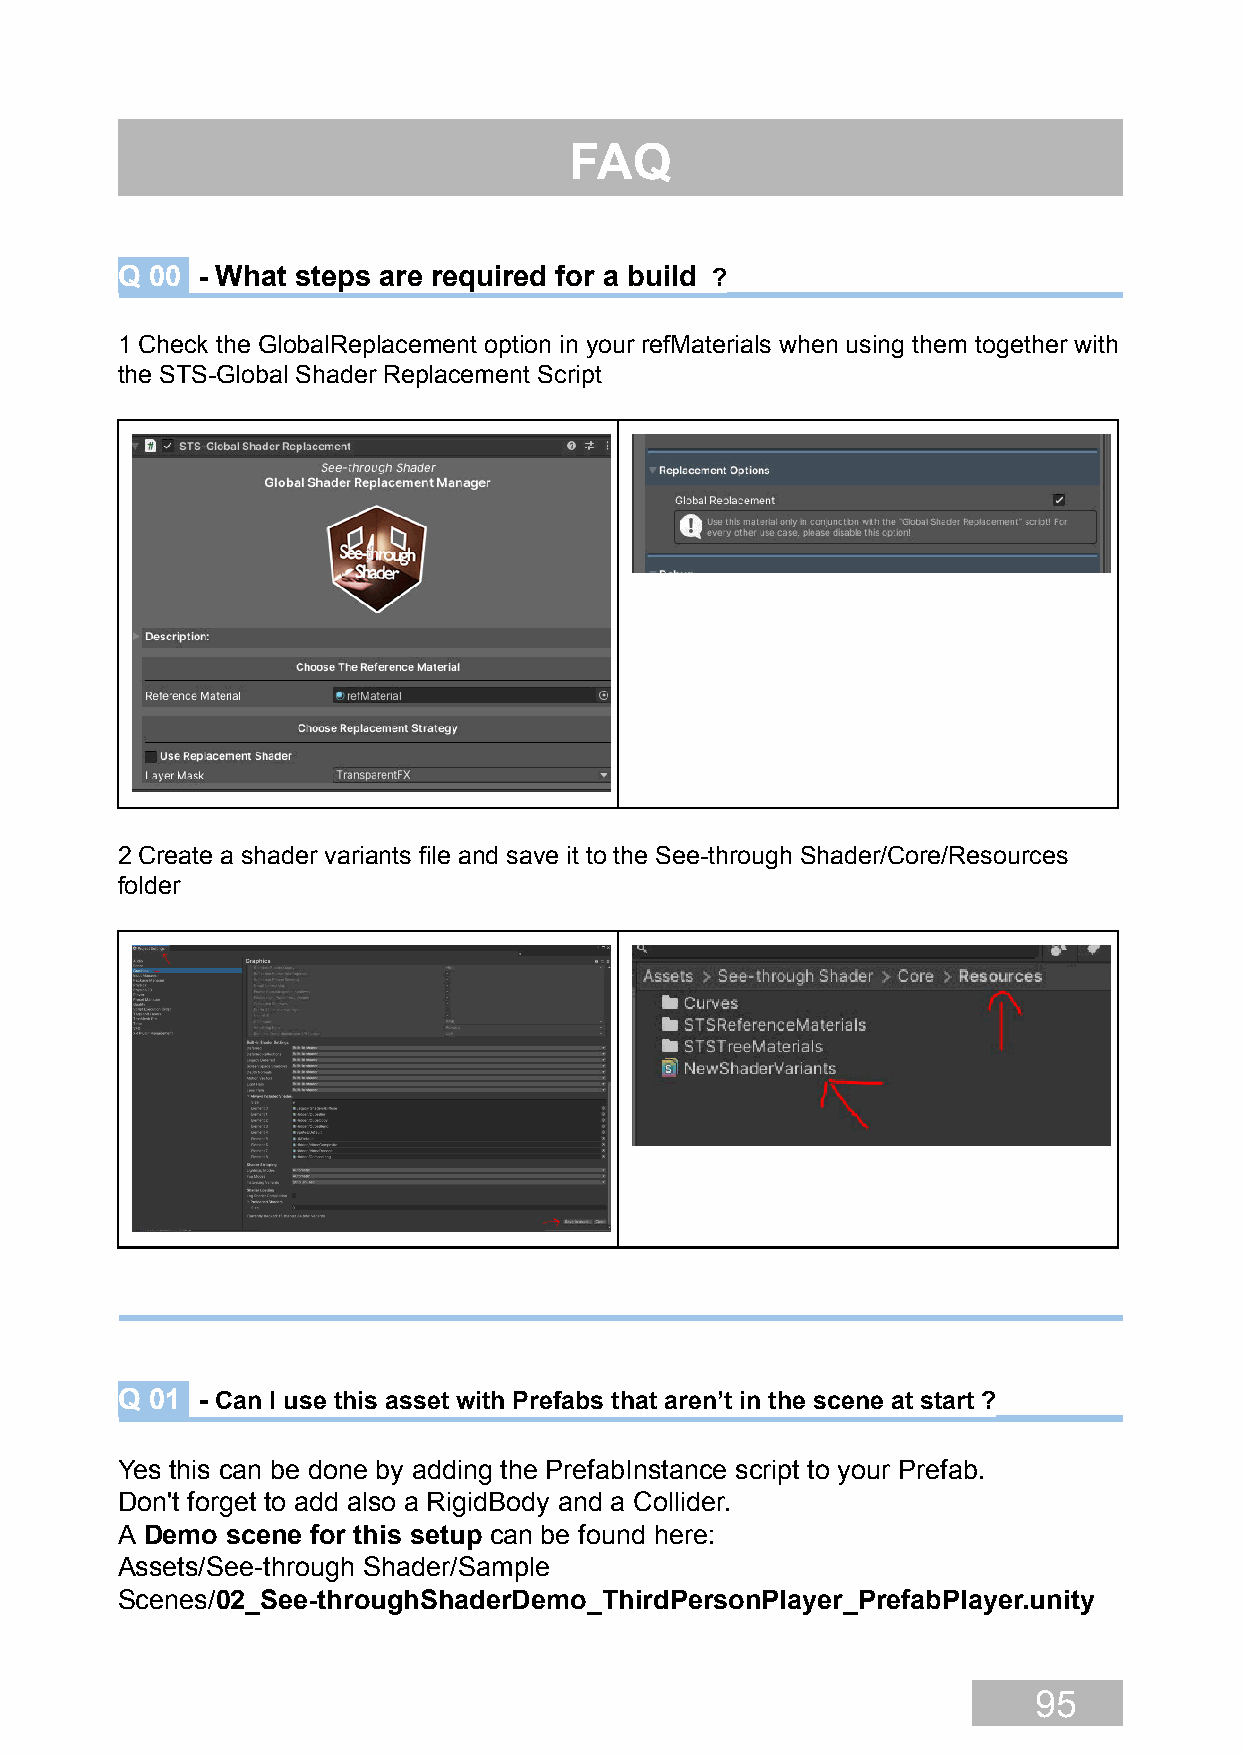
FAQ
 Q 00 - What steps are required for a build ?
 1 Check the GlobalReplacement option in your refMaterials when using them together with
 the STS-Global Shader Replacement Script
 2 Create a shader variants file and save it to the See-through Shader/Core/Resources
 folder
 Q 01 - Can I use this asset with Prefabs that aren’t in the scene at start ?
 Yes this can be done by adding the PrefabInstance script to your Prefab.
 Don't forget to add also a RigidBody and a Collider.
 A Demo scene for this setup can be found here:
 Assets/See-through Shader/Sample
 Scenes/02_See-throughShaderDemo_ThirdPersonPlayer_PrefabPlayer.unity
 95